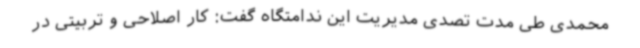
محمدی طی مدت تصدی مدیریت این ندامتگاه گفت: کار اصلاحی و تربیتی در